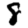
Digit: 8